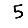
Digit: 5